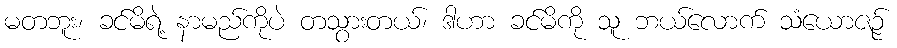
မတဘူး၊ ခင်မိရဲ့ နာမည်ကိုပဲ တသွားတယ်၊ ဒါဟာ ခင်မိကို သူ ဘယ်လောက် သံယောဇဉ်